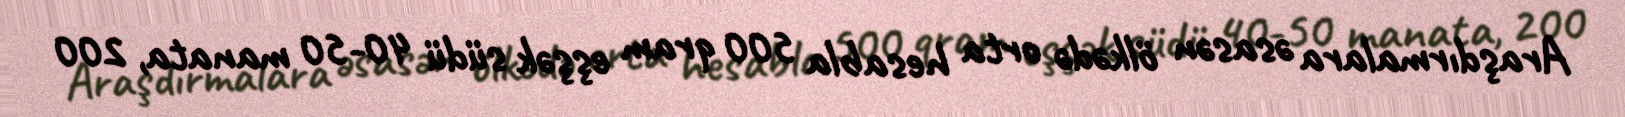
Araşdırmalara əsasən ölkədə orta hesabla 500 qram eşşək südü 40-50 manata, 200